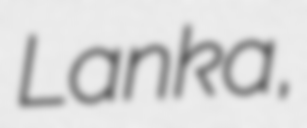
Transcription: Lanka,